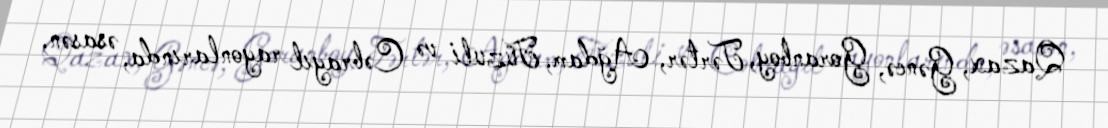
Qazax, Gəncə, Goranboy, Tərtər, Ağdam, Füzuli və Cəbrayıl rayonlarında, əsasən,